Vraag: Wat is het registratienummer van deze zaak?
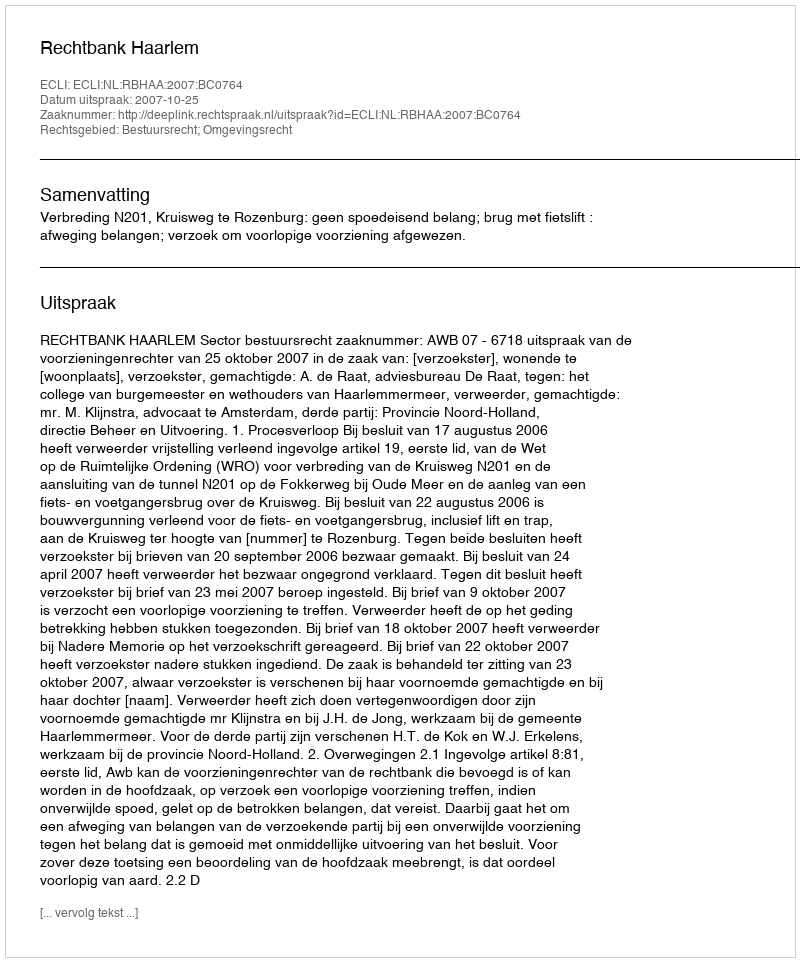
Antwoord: http://deeplink.rechtspraak.nl/uitspraak?id=ECLI:NL:RBHAA:2007:BC0764